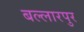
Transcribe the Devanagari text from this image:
बल्लारपुर